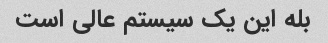
بله این یک سیستم عالی است